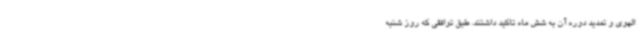
الهوی و تمدید دوره آن به شش ماه تاکید داشتند. طبق توافقی که روز شنبه